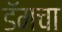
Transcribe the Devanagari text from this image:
डॅमचा